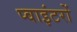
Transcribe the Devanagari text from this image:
प्वाइंटरों